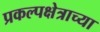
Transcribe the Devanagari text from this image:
प्रकल्पक्षेत्राच्या